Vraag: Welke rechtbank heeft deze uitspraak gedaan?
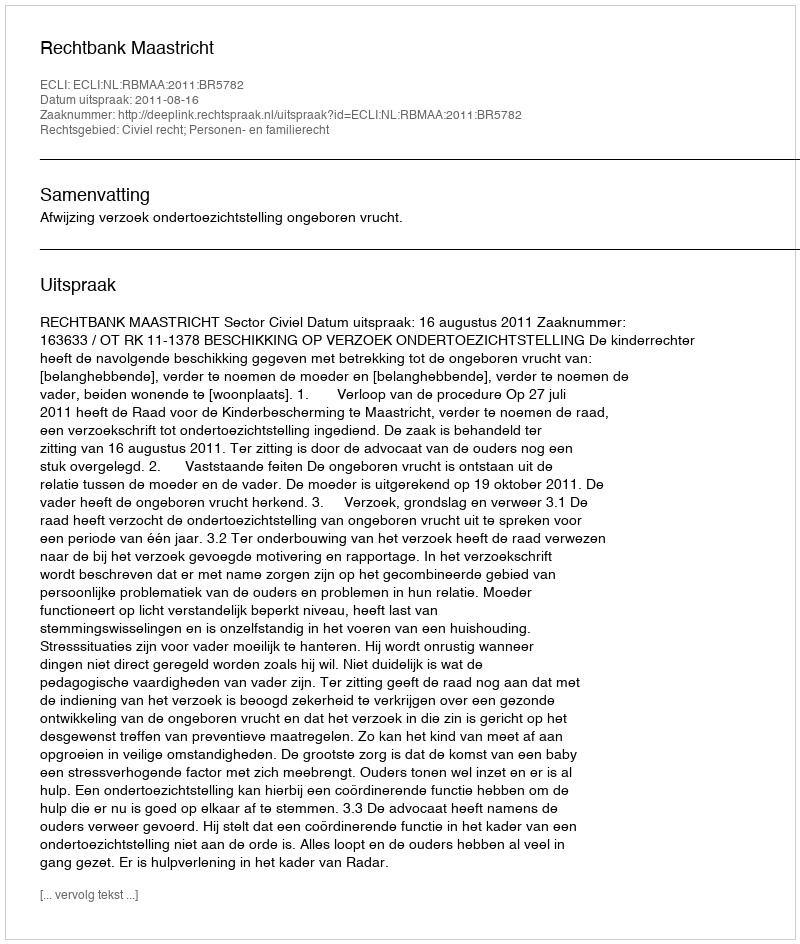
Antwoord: Rechtbank Maastricht